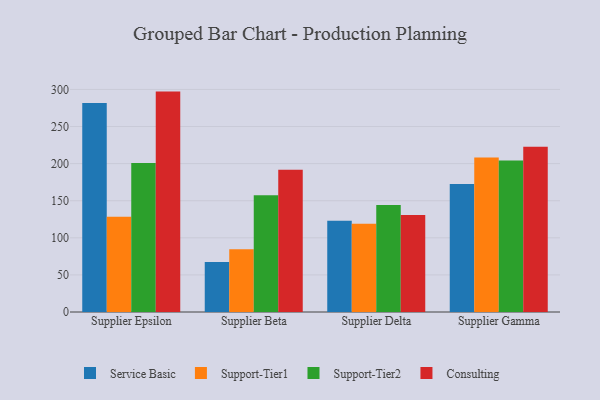
{"axis": {"x": "Supplier", "y": "Budget (USD K)"}, "legend": ["Consulting", "Service Basic", "Support-Tier1", "Support-Tier2"], "data": [{"x": "Supplier Epsilon", "y": 281.6, "type": "Service Basic"}, {"x": "Supplier Epsilon", "y": 128.5, "type": "Support-Tier1"}, {"x": "Supplier Epsilon", "y": 201.0, "type": "Support-Tier2"}, {"x": "Supplier Epsilon", "y": 297.1, "type": "Consulting"}, {"x": "Supplier Beta", "y": 67.3, "type": "Service Basic"}, {"x": "Supplier Beta", "y": 84.6, "type": "Support-Tier1"}, {"x": "Supplier Beta", "y": 157.3, "type": "Support-Tier2"}, {"x": "Supplier Beta", "y": 191.8, "type": "Consulting"}, {"x": "Supplier Delta", "y": 123.1, "type": "Service Basic"}, {"x": "Supplier Delta", "y": 118.8, "type": "Support-Tier1"}, {"x": "Supplier Delta", "y": 144.1, "type": "Support-Tier2"}, {"x": "Supplier Delta", "y": 130.9, "type": "Consulting"}, {"x": "Supplier Gamma", "y": 172.6, "type": "Service Basic"}, {"x": "Supplier Gamma", "y": 208.2, "type": "Support-Tier1"}, {"x": "Supplier Gamma", "y": 204.3, "type": "Support-Tier2"}, {"x": "Supplier Gamma", "y": 222.9, "type": "Consulting"}]}